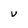
Character: v